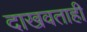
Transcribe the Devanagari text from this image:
दाखवताही